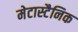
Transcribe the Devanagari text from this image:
मेटास्टैनिक